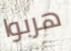
هربوا